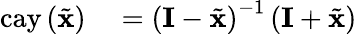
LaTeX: \begin{array}{rl}{\mathrm{cay}\left(\tilde{\mathbf{x}}\right)}&{{}=\left(\mathbf{I}-\tilde{\mathbf{x}}\right)^{-1}\left(\mathbf{I}+\tilde{\mathbf{x}}\right)}\end{array}